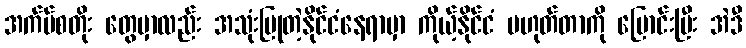
အက်ပ်စတိုး တွေမှာလည်း အသုံးပြုတဲ့နိုင်ငံနေရာမှာ ကိုယ့်နိုင်ငံ မဟုတ်တာကို ပြောင်းပြီး အဲဒီ